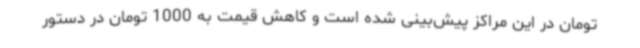
تومان در این مراکز پیش‌بینی شده است و کاهش قیمت به 1000 تومان در دستور